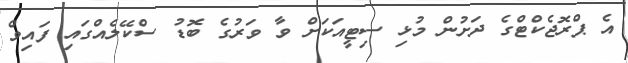
އެ ޕްރޮޖެކްޓްގެ ދަށުން މުޅި ސިޓީއަކަށް ވާ ވަރުގެ ބޮޑު ސްކޭލެއްގައި ފައިވް